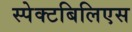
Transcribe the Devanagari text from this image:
स्पेक्टबिलिएस